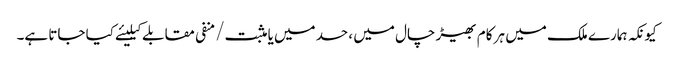
کیونکہ ہمارے ملک میں ہر کام بھیڑ چال میں ، حسد میں یا مثبت/منفی مقابلے کیلیئے کیا جاتا ہے۔